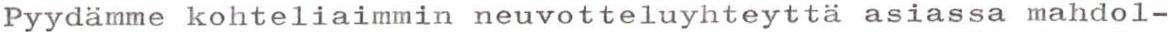
Pyydämme kohteliaimmin neuvotteluyhteyttä asiassa mahdol-